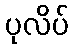
ပုလိပ်